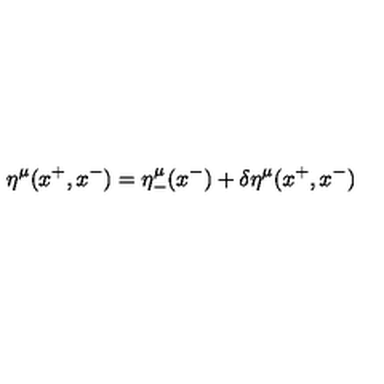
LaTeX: \eta ^ { \mu } ( x ^ { + } , x ^ { - } ) = \eta _ { - } ^ { \mu } ( x ^ { - } ) + \delta \eta ^ { \mu } ( x ^ { + } , x ^ { - } )